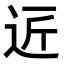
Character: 𮞆